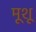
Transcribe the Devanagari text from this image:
मूशू